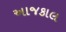
અાજકાલ